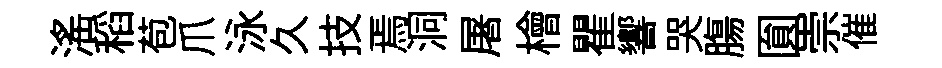
滛稻苞爪泳久技焉洞屠檜瞿響哭膓圎崇催